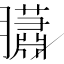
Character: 𦢩